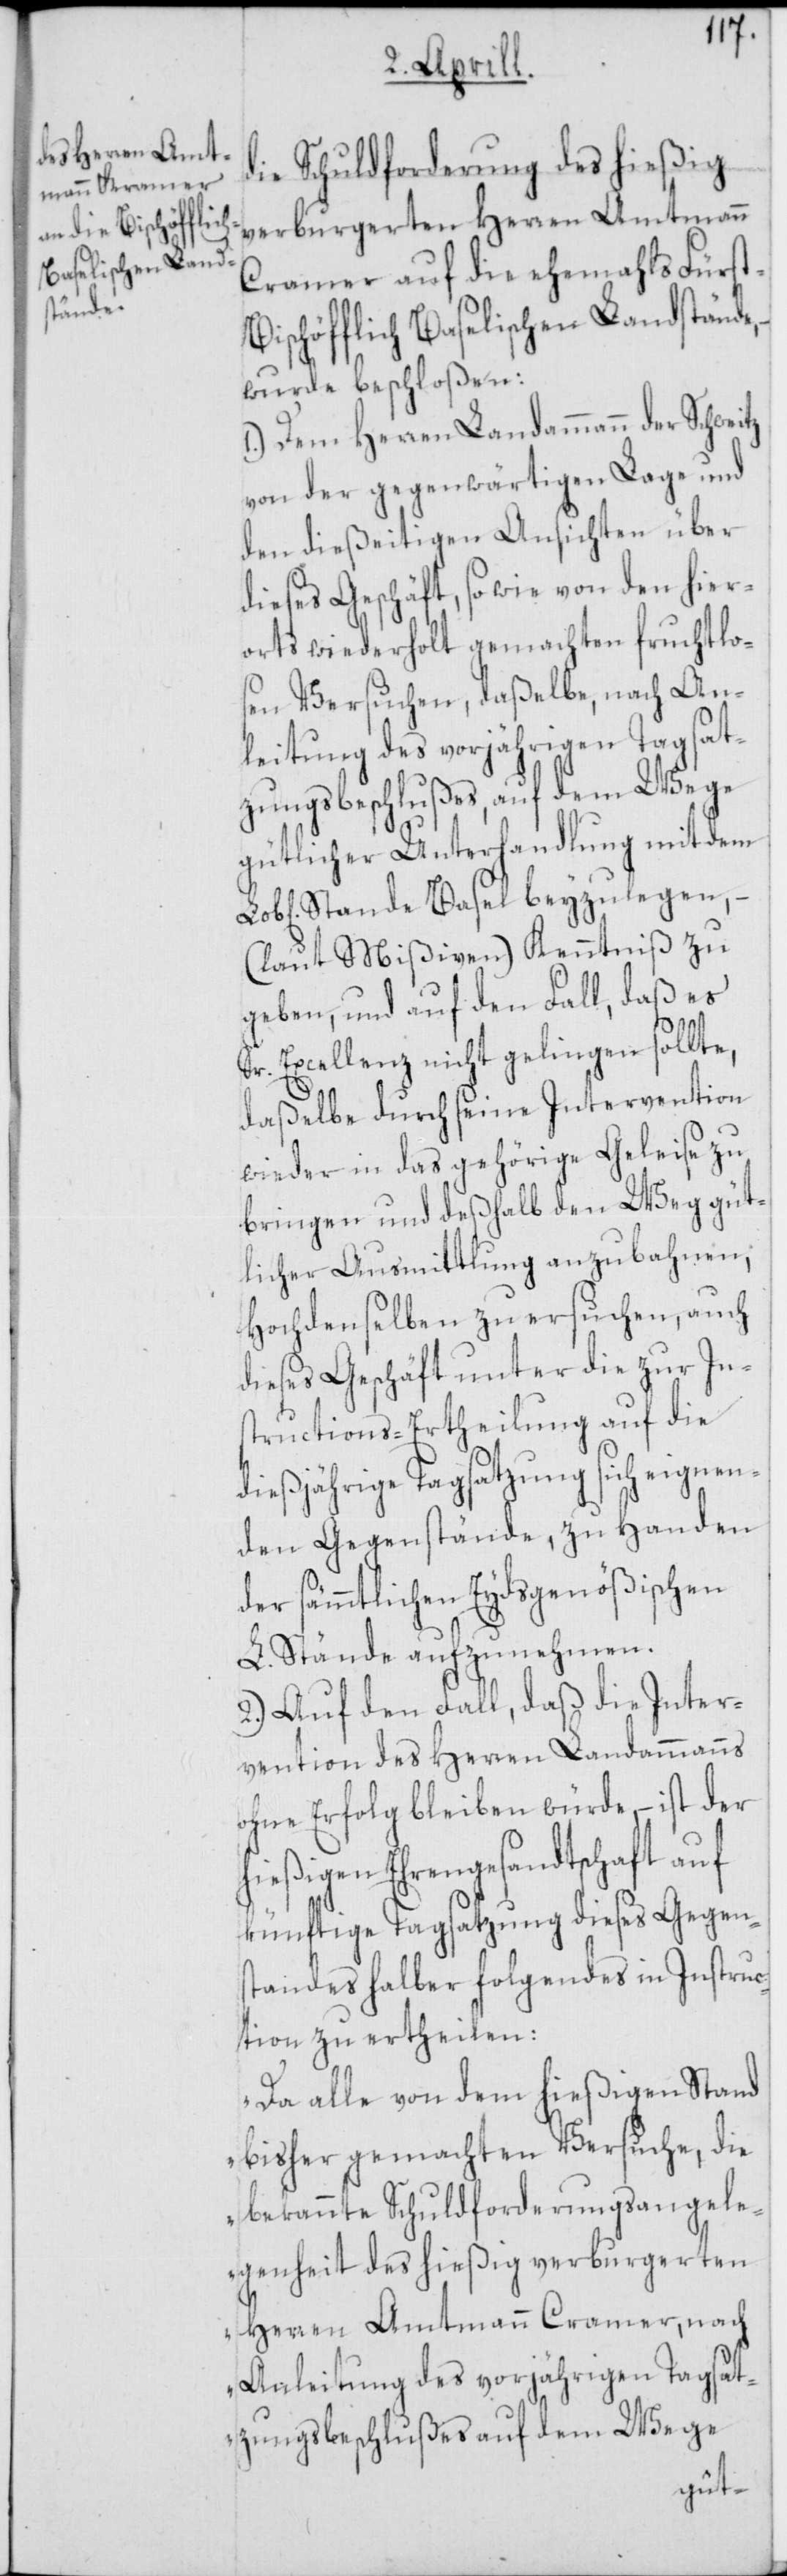
ie Schuldforderung des hießig
verburgerten Herren Amtmann
Cramer auf die ehemahls Fürs¬
ischöfflich Baselischen Landstände,
wurde beschloßen:
1.) Dem Herren Landammann der Schweitz
den dießeitigen Ansichten über
dieses Geschäft, so wie von den hier¬
orts wiederholt gemachten fruchtlo¬
sen Versuchen, daßelbe, nach An¬
leitung des vorjährigen Tagsat¬
zungsbeschlußes auf dem Wege
gütlicher Unterhandlung mit dem
Stande Basel beyzulegen, –
(laut Mißiven) Kenntniß zu
geben, und auf den Fall, daß es
t-B¬
Sr. Excellenz nicht gelingen sollte,
daßelbe durch seine Intervention
wieder in das gehörige Geleise zu
bringen und deßhalb den Weg güt¬
licher Ausmittlung anzubahnen,
Hochdenselben zu ersuchen, auch
dieses Geschäft unter die zur In¬
structions-Ertheilung auf die
dießjährige Tagsatzung sich eignen¬
den Gegenstände, zu Handen
der sämmtlichen Eydsgenößischen
L. Stände aufzunehmen.
2.) Auf den Fall, daß die Inter¬
vention des Herren Landammanns
ohne Erfolg bleiben würde, – ist der
hießigen Ehrengesandtschaft auf
künftige Tagsatzung dieses Gegen¬
standes halber folgendes in Instruc¬
tion zu ertheilen:
„Da alle von dem hießigen Stand
bisher gemachten Versuche, die
bekannte Schuldforderungsangele¬
genheit des hießig verburgerten
Herren Amtmann Cramer, nach
Anleitung des vorjährigen Tagsat¬